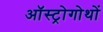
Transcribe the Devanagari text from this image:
ऑस्ट्रोगोथों